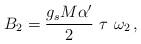
LaTeX: \begin{align*}B_2=\frac{g_sM\alpha'}{2}\ \tau\ \omega_2\,,\end{align*}